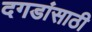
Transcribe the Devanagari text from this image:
दगडांसाठी